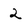
Character: 2